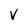
Character: V